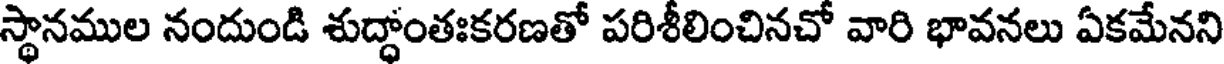
స్థానముల నందుండి శుద్ధాంతఃకరణతో పరిశీలించినచో వారి భావనలు ఏకమేనని